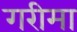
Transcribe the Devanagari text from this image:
गरीमा